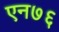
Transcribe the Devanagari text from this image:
एन७६